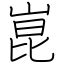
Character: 崑